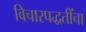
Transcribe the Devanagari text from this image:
विचारपद्धतींचा